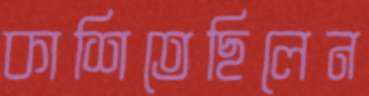
কাশিতেছিলেন